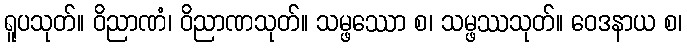
ရူပသုတ်။ ဝိညာဏံ၊ ဝိညာဏသုတ်။ သမ္ဖဿော စ၊ သမ္ဖဿသုတ်။ ဝေဒနာယ စ၊